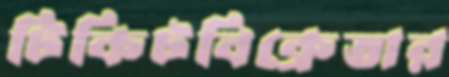
টিকিটবিক্রেতার